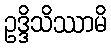
ဥဒ္ဒိသိဿာမိ